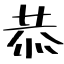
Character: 恭